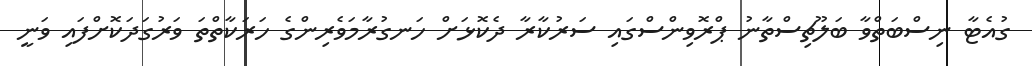
ގުއެޓާ ނިސްބަތްވާ ބަލޫޗިސްތާނު ޕްރޮވިންސްގައި ސަރުކާރާ ދެކޮޅަށް ހަނގުރާމަވެރިންގެ ހަރަކާތްތަ ވަރުގަދަކޮށްފައި ވަނީ